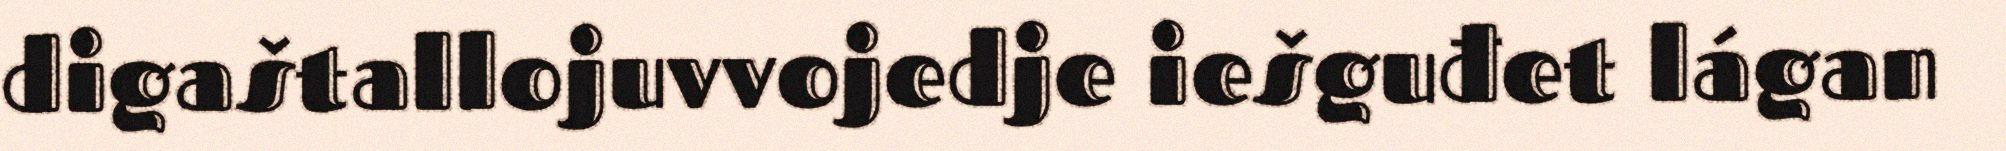
digaštallojuvvojedje iešguđet lágan